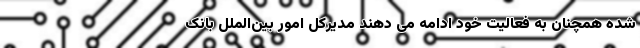
شده همچنان به فعالیت خود ادامه می دهند مدیرکل امور بین‌الملل بانک